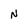
Character: N